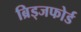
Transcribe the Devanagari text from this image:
ब्रिड्जफोर्ड